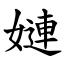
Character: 㜕